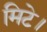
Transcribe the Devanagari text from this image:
मिटे।